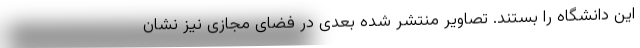
این دانشگاه را بستند. تصاویر منتشر شده بعدی در فضای مجازی نیز نشان